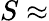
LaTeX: S\approx